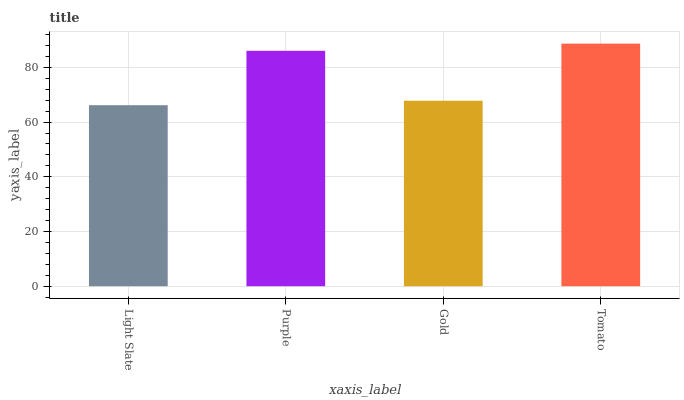
| xaxis_label | bars |
 | --- | --- |
 | Light Slate | 66.2 |
 | Purple | 86.1 |
 | Gold | 67.8 |
 | Tomato | 88.7 |